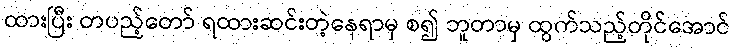
ထားပြီး တပည့်တော် ရထားဆင်းတဲ့နေရာမှ စ၍ ဘူတာမှ ထွက်သည့်တိုင်အောင်